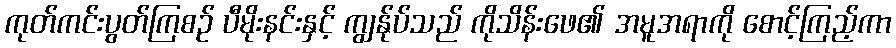
ကုတ်ကင်းပွတ်ကြစဉ် ပီမိုးနင်းနှင့် ကျွန်ုပ်သည် ကိုသိန်းဖေ၏ အမူအရာကို စောင့်ကြည့်ကာ